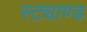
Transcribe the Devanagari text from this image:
स्ट्याण्ड